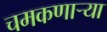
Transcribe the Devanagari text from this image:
चमकणार्‍या